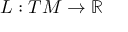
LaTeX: L : T M \to \mathbb { R }